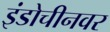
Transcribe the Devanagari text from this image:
इंडोचीनवर